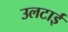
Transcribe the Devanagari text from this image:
उलटाई